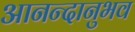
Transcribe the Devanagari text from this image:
आनन्दानुभव